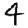
Digit: 4